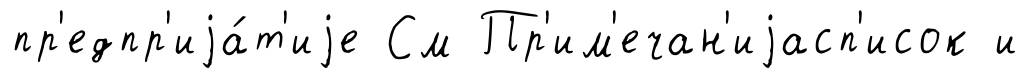
пр'едпр'иjа́т'иjе См Пр'им'ечан'иjасп'исок и